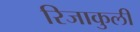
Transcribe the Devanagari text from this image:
रिजाकुली